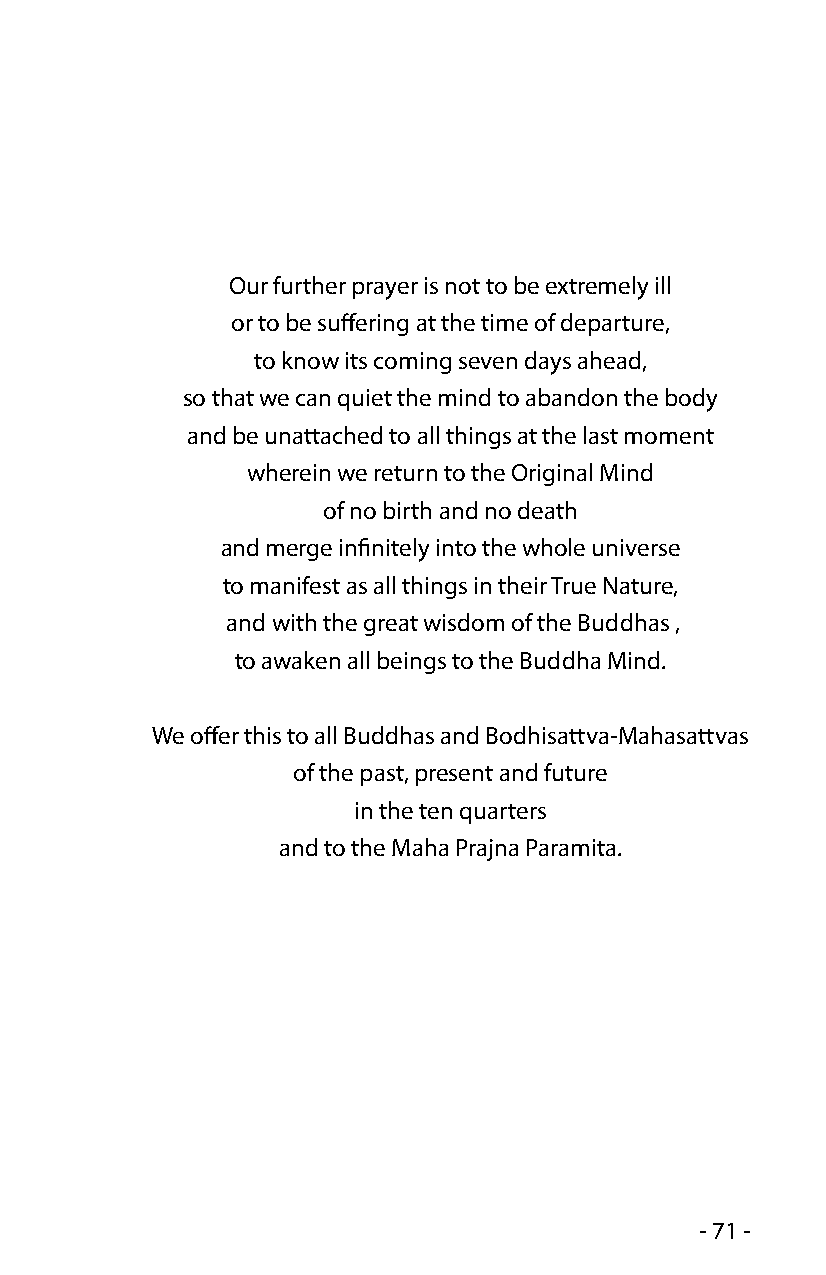
Our further prayer is not to be extremely ill
 or to be suffering at the time of departure,
 to know its coming seven days ahead,
 so that we can quiet the mind to abandon the body
 and be unattached to all things at the last moment
 wherein we return to the Original Mind
 of no birth and no death
 and merge infinitely into the whole universe
 to manifest as all things in their True Nature,
 and with the great wisdom of the Buddhas ,
 to awaken all beings to the Buddha Mind.
 We offer this to all Buddhas and Bodhisattva-Mahasattvas
 of the past, present and future
 in the ten quarters
 and to the Maha Prajna Paramita.
 - 71 -